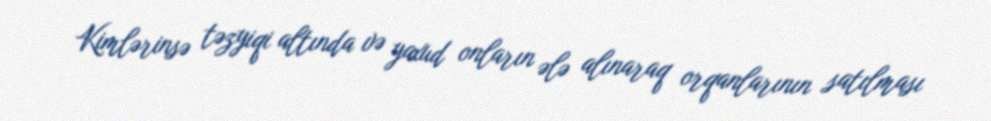
Kimlərinsə təzyiqi altında və yaxud onların ələ alınaraq orqanlarının satılması